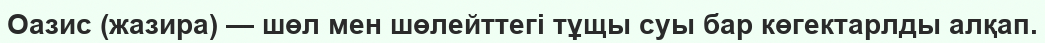
Оазис (жазира) — шөл мен шөлейттегі тұщы суы бар көгектарлды алқап.